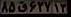
۸۵ق۶۲۷۱۳